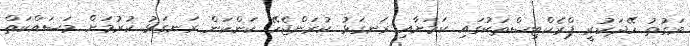
ވަގުތު ހޭދަކުރީ ޕްރެކްޓިސްތަކުގައި ކަމަށާއި ރަނގަޅު ކުރަންޖެހޭ ކަންކަން ރަނގަޅު ކުރުމަށް މަސައްކަތް